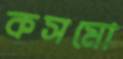
কসমো